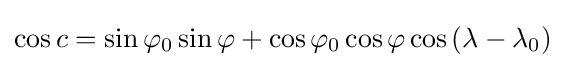
\cos c=\sin \varphi _{0}\sin \varphi +\cos \varphi _{0}\cos \varphi \cos \left(\lambda -\lambda _{0}\right)